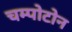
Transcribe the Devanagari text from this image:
चम्पोटोन